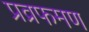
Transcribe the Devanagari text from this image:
प्रव्रफमण